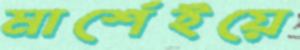
মার্শেইয়ে